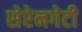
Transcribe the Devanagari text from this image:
सेरेनगेटी